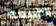
للطبيعة